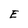
Character: E